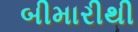
બીમારીથી